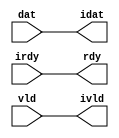

//------> /opt/MentorGraphics/catapult/pkgs/siflibs/ccs_in_wait_v1.v 
//------------------------------------------------------------------------------
// Catapult Synthesis - Sample I/O Port Library
//
// Copyright (c) 2003-2017 Mentor Graphics Corp.
//       All Rights Reserved
//
// This document may be used and distributed without restriction provided that
// this copyright statement is not removed from the file and that any derivative
// work contains this copyright notice.
//
// The design information contained in this file is intended to be an example
// of the functionality which the end user may study in preparation for creating
// their own custom interfaces. This design does not necessarily present a 
// complete implementation of the named protocol or standard.
//
//------------------------------------------------------------------------------


module ccs_in_wait_v1 (idat, rdy, ivld, dat, irdy, vld);

  parameter integer rscid = 1;
  parameter integer width = 8;

  output [width-1:0] idat;
  output             rdy;
  output             ivld;
  input  [width-1:0] dat;
  input              irdy;
  input              vld;

  wire   [width-1:0] idat;
  wire               rdy;
  wire               ivld;

  localparam stallOff = 0; 
  wire                  stall_ctrl;
  assign stall_ctrl = stallOff;

  assign idat = dat;
  assign rdy = irdy && !stall_ctrl;
  assign ivld = vld && !stall_ctrl;

endmodule


//------> /opt/MentorGraphics/catapult/pkgs/siflibs/ccs_out_wait_v1.v 
//------------------------------------------------------------------------------
// Catapult Synthesis - Sample I/O Port Library
//
// Copyright (c) 2003-2017 Mentor Graphics Corp.
//       All Rights Reserved
//
// This document may be used and distributed without restriction provided that
// this copyright statement is not removed from the file and that any derivative
// work contains this copyright notice.
//
// The design information contained in this file is intended to be an example
// of the functionality which the end user may study in preparation for creating
// their own custom interfaces. This design does not necessarily present a 
// complete implementation of the named protocol or standard.
//
//------------------------------------------------------------------------------


module ccs_out_wait_v1 (dat, irdy, vld, idat, rdy, ivld);

  parameter integer rscid = 1;
  parameter integer width = 8;

  output [width-1:0] dat;
  output             irdy;
  output             vld;
  input  [width-1:0] idat;
  input              rdy;
  input              ivld;

  wire   [width-1:0] dat;
  wire               irdy;
  wire               vld;

  localparam stallOff = 0; 
  wire stall_ctrl;
  assign stall_ctrl = stallOff;

  assign dat = idat;
  assign irdy = rdy && !stall_ctrl;
  assign vld = ivld && !stall_ctrl;

endmodule



//------> ./rtl.v 
// ----------------------------------------------------------------------
//  HLS HDL:        Verilog Netlister
//  HLS Version:    2021.1/950854 Production Release
//  HLS Date:       Mon Aug  2 21:36:02 PDT 2021
// 
//  Generated by:   tdt46@en-ec-ecelinux-01.coecis.cornell.edu
//  Generated date: Sat May 21 19:05:18 2022
// ----------------------------------------------------------------------

// 
// ------------------------------------------------------------------
//  Design Unit:    crc32_core_core_fsm
//  FSM Module
// ------------------------------------------------------------------


module crc32_core_core_fsm (
  clk, rst, core_wen, fsm_output, main_C_0_tr0, for_C_0_tr0
);
  input clk;
  input rst;
  input core_wen;
  output [3:0] fsm_output;
  reg [3:0] fsm_output;
  input main_C_0_tr0;
  input for_C_0_tr0;


  // FSM State Type Declaration for crc32_core_core_fsm_1
  parameter
    core_rlp_C_0 = 2'd0,
    main_C_0 = 2'd1,
    for_C_0 = 2'd2,
    main_C_1 = 2'd3;

  reg [1:0] state_var;
  reg [1:0] state_var_NS;


  // Interconnect Declarations for Component Instantiations 
  always @(*)
  begin : crc32_core_core_fsm_1
    case (state_var)
      main_C_0 : begin
        fsm_output = 4'b0010;
        if ( main_C_0_tr0 ) begin
          state_var_NS = main_C_1;
        end
        else begin
          state_var_NS = for_C_0;
        end
      end
      for_C_0 : begin
        fsm_output = 4'b0100;
        if ( for_C_0_tr0 ) begin
          state_var_NS = main_C_1;
        end
        else begin
          state_var_NS = for_C_0;
        end
      end
      main_C_1 : begin
        fsm_output = 4'b1000;
        state_var_NS = main_C_0;
      end
      // core_rlp_C_0
      default : begin
        fsm_output = 4'b0001;
        state_var_NS = main_C_0;
      end
    endcase
  end

  always @(posedge clk) begin
    if ( rst ) begin
      state_var <= core_rlp_C_0;
    end
    else if ( core_wen ) begin
      state_var <= state_var_NS;
    end
  end

endmodule

// ------------------------------------------------------------------
//  Design Unit:    crc32_core_staller
// ------------------------------------------------------------------


module crc32_core_staller (
  core_wen, in_rsci_wen_comp, out_rsci_wen_comp
);
  output core_wen;
  input in_rsci_wen_comp;
  input out_rsci_wen_comp;



  // Interconnect Declarations for Component Instantiations 
  assign core_wen = in_rsci_wen_comp & out_rsci_wen_comp;
endmodule

// ------------------------------------------------------------------
//  Design Unit:    crc32_core_out_rsci_out_wait_ctrl
// ------------------------------------------------------------------


module crc32_core_out_rsci_out_wait_ctrl (
  out_rsci_iswt0, out_rsci_biwt, out_rsci_irdy
);
  input out_rsci_iswt0;
  output out_rsci_biwt;
  input out_rsci_irdy;



  // Interconnect Declarations for Component Instantiations 
  assign out_rsci_biwt = out_rsci_iswt0 & out_rsci_irdy;
endmodule

// ------------------------------------------------------------------
//  Design Unit:    crc32_core_in_rsci_in_wait_ctrl
// ------------------------------------------------------------------


module crc32_core_in_rsci_in_wait_ctrl (
  in_rsci_iswt0, in_rsci_biwt, in_rsci_ivld
);
  input in_rsci_iswt0;
  output in_rsci_biwt;
  input in_rsci_ivld;



  // Interconnect Declarations for Component Instantiations 
  assign in_rsci_biwt = in_rsci_iswt0 & in_rsci_ivld;
endmodule

// ------------------------------------------------------------------
//  Design Unit:    crc32_core_out_rsci
// ------------------------------------------------------------------


module crc32_core_out_rsci (
  out_rsc_dat, out_rsc_vld, out_rsc_rdy, out_rsci_oswt, out_rsci_wen_comp, out_rsci_idat
);
  output [31:0] out_rsc_dat;
  output out_rsc_vld;
  input out_rsc_rdy;
  input out_rsci_oswt;
  output out_rsci_wen_comp;
  input [31:0] out_rsci_idat;


  // Interconnect Declarations
  wire out_rsci_biwt;
  wire out_rsci_irdy;


  // Interconnect Declarations for Component Instantiations 
  ccs_out_wait_v1 #(.rscid(32'sd2),
  .width(32'sd32)) out_rsci (
      .irdy(out_rsci_irdy),
      .ivld(out_rsci_oswt),
      .idat(out_rsci_idat),
      .rdy(out_rsc_rdy),
      .vld(out_rsc_vld),
      .dat(out_rsc_dat)
    );
  crc32_core_out_rsci_out_wait_ctrl crc32_core_out_rsci_out_wait_ctrl_inst (
      .out_rsci_iswt0(out_rsci_oswt),
      .out_rsci_biwt(out_rsci_biwt),
      .out_rsci_irdy(out_rsci_irdy)
    );
  assign out_rsci_wen_comp = (~ out_rsci_oswt) | out_rsci_biwt;
endmodule

// ------------------------------------------------------------------
//  Design Unit:    crc32_core_in_rsci
// ------------------------------------------------------------------


module crc32_core_in_rsci (
  in_rsc_dat, in_rsc_vld, in_rsc_rdy, in_rsci_oswt, in_rsci_wen_comp, in_rsci_idat_mxwt
);
  input [7:0] in_rsc_dat;
  input in_rsc_vld;
  output in_rsc_rdy;
  input in_rsci_oswt;
  output in_rsci_wen_comp;
  output [7:0] in_rsci_idat_mxwt;


  // Interconnect Declarations
  wire in_rsci_biwt;
  wire in_rsci_ivld;
  wire [7:0] in_rsci_idat;


  // Interconnect Declarations for Component Instantiations 
  ccs_in_wait_v1 #(.rscid(32'sd1),
  .width(32'sd8)) in_rsci (
      .rdy(in_rsc_rdy),
      .vld(in_rsc_vld),
      .dat(in_rsc_dat),
      .irdy(in_rsci_oswt),
      .ivld(in_rsci_ivld),
      .idat(in_rsci_idat)
    );
  crc32_core_in_rsci_in_wait_ctrl crc32_core_in_rsci_in_wait_ctrl_inst (
      .in_rsci_iswt0(in_rsci_oswt),
      .in_rsci_biwt(in_rsci_biwt),
      .in_rsci_ivld(in_rsci_ivld)
    );
  assign in_rsci_idat_mxwt = in_rsci_idat;
  assign in_rsci_wen_comp = (~ in_rsci_oswt) | in_rsci_biwt;
endmodule

// ------------------------------------------------------------------
//  Design Unit:    crc32_core
// ------------------------------------------------------------------


module crc32_core (
  clk, rst, in_rsc_dat, in_rsc_vld, in_rsc_rdy, out_rsc_dat, out_rsc_vld, out_rsc_rdy
);
  input clk;
  input rst;
  input [7:0] in_rsc_dat;
  input in_rsc_vld;
  output in_rsc_rdy;
  output [31:0] out_rsc_dat;
  output out_rsc_vld;
  input out_rsc_rdy;


  // Interconnect Declarations
  wire core_wen;
  wire in_rsci_wen_comp;
  wire [7:0] in_rsci_idat_mxwt;
  wire out_rsci_wen_comp;
  reg out_rsci_idat_31;
  reg out_rsci_idat_30;
  reg out_rsci_idat_29;
  reg out_rsci_idat_28;
  reg out_rsci_idat_27;
  reg out_rsci_idat_26;
  reg out_rsci_idat_25;
  reg out_rsci_idat_24;
  reg out_rsci_idat_23;
  reg out_rsci_idat_22;
  reg out_rsci_idat_21;
  reg out_rsci_idat_20;
  reg out_rsci_idat_19;
  reg out_rsci_idat_18;
  reg out_rsci_idat_17;
  reg out_rsci_idat_16;
  reg out_rsci_idat_15;
  reg out_rsci_idat_14;
  reg out_rsci_idat_13;
  reg out_rsci_idat_12;
  reg out_rsci_idat_11;
  reg out_rsci_idat_10;
  reg out_rsci_idat_9;
  reg out_rsci_idat_8;
  reg out_rsci_idat_7;
  reg out_rsci_idat_6;
  reg out_rsci_idat_5;
  reg out_rsci_idat_4;
  reg out_rsci_idat_3;
  reg out_rsci_idat_2;
  reg out_rsci_idat_1;
  reg out_rsci_idat_0;
  wire [3:0] fsm_output;
  wire for_for_8_b_xor_tmp;
  wire for_for_7_b_xor_tmp;
  wire for_for_6_b_xor_tmp;
  wire for_for_5_b_xor_tmp;
  wire for_for_4_b_xor_tmp;
  wire not_tmp_3;
  wire not_tmp_4;
  wire not_tmp_5;
  wire not_tmp_6;
  wire not_tmp_7;
  wire not_tmp_8;
  wire not_tmp_9;
  wire not_tmp_10;
  wire or_tmp_32;
  wire or_tmp_40;
  wire or_tmp_52;
  wire or_tmp_56;
  wire or_tmp_60;
  wire exit_for_sva_mx0;
  reg crc_2_1_sva;
  reg crc_1_1_sva;
  reg crc_0_1_sva;
  wire and_314_cse;
  reg reg_out_rsci_iswt0_cse;
  reg reg_in_rsci_iswt0_cse;
  wire crc_mux_140_cse;
  wire [8:0] z_out;
  wire [9:0] nl_z_out;
  reg [7:0] size_val_sva;
  reg crc_15_1_sva;
  reg crc_16_1_sva;
  reg crc_14_1_sva;
  reg crc_17_1_sva;
  reg crc_13_1_sva;
  reg crc_18_1_sva;
  reg crc_12_1_sva;
  reg crc_19_1_sva;
  reg crc_11_1_sva;
  reg crc_20_1_sva;
  reg crc_10_1_sva;
  reg crc_21_1_sva;
  reg crc_9_1_sva;
  reg crc_22_1_sva;
  reg crc_8_1_sva;
  reg crc_23_1_sva;
  reg crc_7_1_sva;
  reg crc_24_1_sva;
  reg crc_6_1_sva;
  reg crc_25_1_sva;
  reg crc_5_1_sva;
  reg crc_26_1_sva;
  reg crc_4_1_sva;
  reg crc_27_1_sva;
  reg crc_3_1_sva;
  reg crc_28_1_sva;
  reg crc_29_1_sva;
  reg crc_30_1_sva;
  reg crc_31_1_sva;
  reg [7:0] for_i_sva;
  wire crc_5_4_lpi_2_dfm_mx0;
  wire crc_8_2_lpi_2_dfm_mx0;
  wire crc_8_3_lpi_2_dfm_mx0;
  wire crc_8_4_lpi_2_dfm_mx0;
  wire crc_8_5_lpi_2_dfm_mx0;
  wire crc_8_6_lpi_2_dfm_mx0;
  wire crc_9_6_lpi_2_dfm_mx0;
  wire crc_9_7_lpi_2_dfm_mx0;
  wire crc_9_lpi_2_dfm_mx0;
  wire crc_15_3_lpi_2_dfm_mx0;
  wire crc_15_4_lpi_2_dfm_mx0;
  wire crc_15_5_lpi_2_dfm_mx0;
  wire crc_19_2_lpi_2_dfm_mx0;
  wire crc_19_3_lpi_2_dfm_mx0;
  wire crc_19_4_lpi_2_dfm_mx0;
  wire crc_19_5_lpi_2_dfm_mx0;
  wire crc_20_5_lpi_2_dfm_mx0;
  wire crc_20_6_lpi_2_dfm_mx0;
  wire crc_20_7_lpi_2_dfm_mx0;
  wire crc_20_lpi_2_dfm_mx0;
  wire crc_21_lpi_2_dfm_mx0;
  wire crc_23_7_lpi_2_dfm_mx0;
  wire crc_24_7_lpi_2_dfm_mx0;
  wire crc_24_lpi_2_dfm_mx0;
  wire crc_26_7_lpi_2_dfm_mx0;
  wire crc_27_7_lpi_2_dfm_mx0;
  wire crc_27_lpi_2_dfm_mx0;
  wire crc_29_7_lpi_2_dfm_mx0;
  wire crc_30_7_lpi_2_dfm_mx0;
  wire crc_30_lpi_2_dfm_mx0;
  wire for_for_b_2_sva_1;
  wire crc_15_2_lpi_2_dfm_mx0;
  wire crc_21_7_lpi_2_dfm_mx0;
  wire crc_23_6_lpi_2_dfm_mx0;
  wire crc_26_6_lpi_2_dfm_mx0;
  wire crc_29_6_lpi_2_dfm_mx0;
  wire for_for_b_1_sva_1;
  wire crc_21_6_lpi_2_dfm_mx0;
  wire crc_23_5_lpi_2_dfm_mx0;
  wire crc_24_6_lpi_2_dfm_mx0;
  wire crc_26_5_lpi_2_dfm_mx0;
  wire crc_27_6_lpi_2_dfm_mx0;
  wire crc_29_5_lpi_2_dfm_mx0;
  wire crc_30_6_lpi_2_dfm_mx0;
  wire crc_9_5_lpi_2_dfm_mx0;
  wire crc_21_5_lpi_2_dfm_mx0;
  wire crc_23_4_lpi_2_dfm_mx0;
  wire crc_24_5_lpi_2_dfm_mx0;
  wire crc_26_4_lpi_2_dfm_mx0;
  wire crc_27_5_lpi_2_dfm_mx0;
  wire crc_29_4_lpi_2_dfm_mx0;
  wire crc_30_5_lpi_2_dfm_mx0;
  wire crc_9_4_lpi_2_dfm_mx0;
  wire crc_20_4_lpi_2_dfm_mx0;
  wire crc_21_4_lpi_2_dfm_mx0;
  wire crc_23_3_lpi_2_dfm_mx0;
  wire crc_24_4_lpi_2_dfm_mx0;
  wire crc_26_3_lpi_2_dfm_mx0;
  wire crc_27_4_lpi_2_dfm_mx0;
  wire crc_29_3_lpi_2_dfm_mx0;
  wire crc_30_4_lpi_2_dfm_mx0;
  wire for_for_b_3_sva_1;
  wire crc_9_3_lpi_2_dfm_mx0;
  wire crc_20_3_lpi_2_dfm_mx0;
  wire crc_21_3_lpi_2_dfm_mx0;
  wire crc_23_2_lpi_2_dfm_mx0;
  wire crc_24_3_lpi_2_dfm_mx0;
  wire crc_26_2_lpi_2_dfm_mx0;
  wire crc_27_3_lpi_2_dfm_mx0;
  wire crc_29_2_lpi_2_dfm_mx0;
  wire crc_30_3_lpi_2_dfm_mx0;
  wire crc_9_2_lpi_2_dfm_mx0;
  wire crc_20_2_lpi_2_dfm_mx0;
  wire crc_21_2_lpi_2_dfm_mx0;
  wire crc_24_2_lpi_2_dfm_mx0;
  wire crc_27_2_lpi_2_dfm_mx0;
  wire crc_30_2_lpi_2_dfm_mx0;
  wire xor_cse_1;
  wire xor_cse_5;

  wire crc_mux_142_nl;
  wire crc_mux_144_nl;
  wire crc_mux_146_nl;
  wire crc_mux_148_nl;
  wire crc_mux_150_nl;
  wire crc_mux_152_nl;
  wire crc_mux_154_nl;
  wire crc_mux_156_nl;
  wire crc_mux_160_nl;
  wire crc_mux_162_nl;
  wire crc_mux_164_nl;
  wire crc_mux_166_nl;
  wire crc_mux_165_nl;
  wire crc_mux_163_nl;
  wire crc_mux_161_nl;
  wire crc_mux_159_nl;
  wire crc_mux_158_nl;
  wire crc_mux_157_nl;
  wire crc_mux_155_nl;
  wire crc_mux_153_nl;
  wire crc_mux_151_nl;
  wire crc_mux_149_nl;
  wire crc_mux_147_nl;
  wire crc_mux_145_nl;
  wire crc_mux_143_nl;
  wire crc_mux_141_nl;
  wire crc_mux_nl;
  wire crc_mux_167_nl;
  wire crc_mux_168_nl;
  wire crc_mux_169_nl;
  wire crc_mux_170_nl;
  wire crc_mux_171_nl;
  wire crc_mux_172_nl;
  wire crc_mux_173_nl;
  wire crc_mux_174_nl;
  wire crc_mux_175_nl;
  wire crc_mux_176_nl;
  wire crc_mux_177_nl;
  wire crc_mux_178_nl;
  wire crc_mux_179_nl;
  wire crc_mux_180_nl;
  wire crc_mux_181_nl;
  wire crc_mux_182_nl;
  wire crc_mux_183_nl;
  wire crc_mux_184_nl;
  wire crc_mux_185_nl;
  wire crc_mux_186_nl;
  wire crc_mux_187_nl;
  wire crc_mux_188_nl;
  wire crc_mux_189_nl;
  wire crc_mux_190_nl;
  wire crc_mux_191_nl;
  wire crc_mux_192_nl;
  wire crc_mux_193_nl;
  wire[8:0] for_acc_nl;
  wire[7:0] for_mux_2_nl;

  // Interconnect Declarations for Component Instantiations 
  wire [31:0] nl_crc32_core_out_rsci_inst_out_rsci_idat;
  assign nl_crc32_core_out_rsci_inst_out_rsci_idat = {out_rsci_idat_31 , out_rsci_idat_30
      , out_rsci_idat_29 , out_rsci_idat_28 , out_rsci_idat_27 , out_rsci_idat_26
      , out_rsci_idat_25 , out_rsci_idat_24 , out_rsci_idat_23 , out_rsci_idat_22
      , out_rsci_idat_21 , out_rsci_idat_20 , out_rsci_idat_19 , out_rsci_idat_18
      , out_rsci_idat_17 , out_rsci_idat_16 , out_rsci_idat_15 , out_rsci_idat_14
      , out_rsci_idat_13 , out_rsci_idat_12 , out_rsci_idat_11 , out_rsci_idat_10
      , out_rsci_idat_9 , out_rsci_idat_8 , out_rsci_idat_7 , out_rsci_idat_6 , out_rsci_idat_5
      , out_rsci_idat_4 , out_rsci_idat_3 , out_rsci_idat_2 , out_rsci_idat_1 , out_rsci_idat_0};
  crc32_core_in_rsci crc32_core_in_rsci_inst (
      .in_rsc_dat(in_rsc_dat),
      .in_rsc_vld(in_rsc_vld),
      .in_rsc_rdy(in_rsc_rdy),
      .in_rsci_oswt(reg_in_rsci_iswt0_cse),
      .in_rsci_wen_comp(in_rsci_wen_comp),
      .in_rsci_idat_mxwt(in_rsci_idat_mxwt)
    );
  crc32_core_out_rsci crc32_core_out_rsci_inst (
      .out_rsc_dat(out_rsc_dat),
      .out_rsc_vld(out_rsc_vld),
      .out_rsc_rdy(out_rsc_rdy),
      .out_rsci_oswt(reg_out_rsci_iswt0_cse),
      .out_rsci_wen_comp(out_rsci_wen_comp),
      .out_rsci_idat(nl_crc32_core_out_rsci_inst_out_rsci_idat[31:0])
    );
  crc32_core_staller crc32_core_staller_inst (
      .core_wen(core_wen),
      .in_rsci_wen_comp(in_rsci_wen_comp),
      .out_rsci_wen_comp(out_rsci_wen_comp)
    );
  crc32_core_core_fsm crc32_core_core_fsm_inst (
      .clk(clk),
      .rst(rst),
      .core_wen(core_wen),
      .fsm_output(fsm_output),
      .main_C_0_tr0(exit_for_sva_mx0),
      .for_C_0_tr0(exit_for_sva_mx0)
    );
  assign and_314_cse = core_wen & (~((fsm_output[0]) | (fsm_output[3]) | (~ exit_for_sva_mx0)));
  assign crc_mux_140_cse = MUX_s_1_2_2((~ crc_8_2_lpi_2_dfm_mx0), crc_8_2_lpi_2_dfm_mx0,
      not_tmp_4);
  assign for_acc_nl = $signed((z_out[7:0])) - $signed(size_val_sva);
  assign exit_for_sva_mx0 = MUX_s_1_2_2((~ (z_out[8])), (~ (readslicef_9_1_8(for_acc_nl))),
      fsm_output[2]);
  assign crc_5_4_lpi_2_dfm_mx0 = MUX_s_1_2_2((~ crc_8_1_sva), crc_8_1_sva, not_tmp_8);
  assign crc_8_2_lpi_2_dfm_mx0 = MUX_s_1_2_2((~ crc_9_1_sva), crc_9_1_sva, not_tmp_9);
  assign for_for_4_b_xor_tmp = (in_rsci_idat_mxwt[3]) ^ crc_3_1_sva;
  assign crc_8_3_lpi_2_dfm_mx0 = MUX_s_1_2_2((~ crc_9_2_lpi_2_dfm_mx0), crc_9_2_lpi_2_dfm_mx0,
      not_tmp_10);
  assign for_for_5_b_xor_tmp = (in_rsci_idat_mxwt[4]) ^ crc_4_1_sva;
  assign crc_8_4_lpi_2_dfm_mx0 = MUX_s_1_2_2((~ crc_9_3_lpi_2_dfm_mx0), crc_9_3_lpi_2_dfm_mx0,
      not_tmp_8);
  assign for_for_6_b_xor_tmp = (in_rsci_idat_mxwt[5]) ^ crc_5_1_sva;
  assign crc_8_5_lpi_2_dfm_mx0 = MUX_s_1_2_2((~ crc_9_4_lpi_2_dfm_mx0), crc_9_4_lpi_2_dfm_mx0,
      not_tmp_4);
  assign for_for_7_b_xor_tmp = (in_rsci_idat_mxwt[6]) ^ xor_cse_5;
  assign crc_8_6_lpi_2_dfm_mx0 = MUX_s_1_2_2((~ crc_9_5_lpi_2_dfm_mx0), crc_9_5_lpi_2_dfm_mx0,
      not_tmp_5);
  assign for_for_8_b_xor_tmp = (in_rsci_idat_mxwt[7]) ^ xor_cse_1;
  assign crc_9_6_lpi_2_dfm_mx0 = MUX_s_1_2_2((~ crc_14_1_sva), crc_14_1_sva, not_tmp_5);
  assign crc_9_7_lpi_2_dfm_mx0 = MUX_s_1_2_2((~ crc_15_1_sva), crc_15_1_sva, not_tmp_7);
  assign crc_9_lpi_2_dfm_mx0 = MUX_s_1_2_2((~ crc_15_2_lpi_2_dfm_mx0), crc_15_2_lpi_2_dfm_mx0,
      not_tmp_6);
  assign crc_15_3_lpi_2_dfm_mx0 = MUX_s_1_2_2((~ crc_17_1_sva), crc_17_1_sva, not_tmp_10);
  assign crc_15_4_lpi_2_dfm_mx0 = MUX_s_1_2_2((~ crc_18_1_sva), crc_18_1_sva, not_tmp_8);
  assign crc_15_5_lpi_2_dfm_mx0 = MUX_s_1_2_2((~ crc_19_1_sva), crc_19_1_sva, not_tmp_4);
  assign crc_19_2_lpi_2_dfm_mx0 = MUX_s_1_2_2((~ crc_20_1_sva), crc_20_1_sva, not_tmp_9);
  assign crc_19_3_lpi_2_dfm_mx0 = MUX_s_1_2_2((~ crc_20_2_lpi_2_dfm_mx0), crc_20_2_lpi_2_dfm_mx0,
      not_tmp_10);
  assign crc_19_4_lpi_2_dfm_mx0 = MUX_s_1_2_2((~ crc_20_3_lpi_2_dfm_mx0), crc_20_3_lpi_2_dfm_mx0,
      not_tmp_8);
  assign crc_19_5_lpi_2_dfm_mx0 = MUX_s_1_2_2((~ crc_20_4_lpi_2_dfm_mx0), crc_20_4_lpi_2_dfm_mx0,
      not_tmp_4);
  assign crc_20_5_lpi_2_dfm_mx0 = MUX_s_1_2_2((~ crc_21_4_lpi_2_dfm_mx0), crc_21_4_lpi_2_dfm_mx0,
      not_tmp_4);
  assign crc_20_6_lpi_2_dfm_mx0 = MUX_s_1_2_2((~ crc_21_5_lpi_2_dfm_mx0), crc_21_5_lpi_2_dfm_mx0,
      not_tmp_5);
  assign crc_20_7_lpi_2_dfm_mx0 = MUX_s_1_2_2((~ crc_21_6_lpi_2_dfm_mx0), crc_21_6_lpi_2_dfm_mx0,
      not_tmp_7);
  assign crc_20_lpi_2_dfm_mx0 = MUX_s_1_2_2((~ crc_21_7_lpi_2_dfm_mx0), crc_21_7_lpi_2_dfm_mx0,
      not_tmp_6);
  assign crc_21_lpi_2_dfm_mx0 = MUX_s_1_2_2((~ crc_23_6_lpi_2_dfm_mx0), crc_23_6_lpi_2_dfm_mx0,
      not_tmp_6);
  assign crc_23_7_lpi_2_dfm_mx0 = MUX_s_1_2_2((~ crc_24_6_lpi_2_dfm_mx0), crc_24_6_lpi_2_dfm_mx0,
      not_tmp_7);
  assign crc_24_7_lpi_2_dfm_mx0 = MUX_s_1_2_2((~ crc_26_5_lpi_2_dfm_mx0), crc_26_5_lpi_2_dfm_mx0,
      not_tmp_7);
  assign crc_24_lpi_2_dfm_mx0 = MUX_s_1_2_2((~ crc_26_6_lpi_2_dfm_mx0), crc_26_6_lpi_2_dfm_mx0,
      not_tmp_6);
  assign crc_26_7_lpi_2_dfm_mx0 = MUX_s_1_2_2((~ crc_27_6_lpi_2_dfm_mx0), crc_27_6_lpi_2_dfm_mx0,
      not_tmp_7);
  assign crc_27_7_lpi_2_dfm_mx0 = MUX_s_1_2_2((~ crc_29_5_lpi_2_dfm_mx0), crc_29_5_lpi_2_dfm_mx0,
      not_tmp_7);
  assign crc_27_lpi_2_dfm_mx0 = MUX_s_1_2_2((~ crc_29_6_lpi_2_dfm_mx0), crc_29_6_lpi_2_dfm_mx0,
      not_tmp_6);
  assign crc_29_7_lpi_2_dfm_mx0 = MUX_s_1_2_2((~ crc_30_6_lpi_2_dfm_mx0), crc_30_6_lpi_2_dfm_mx0,
      not_tmp_7);
  assign crc_30_7_lpi_2_dfm_mx0 = MUX_s_1_2_2((~ for_for_5_b_xor_tmp), for_for_5_b_xor_tmp,
      not_tmp_7);
  assign crc_30_lpi_2_dfm_mx0 = MUX_s_1_2_2((~ for_for_6_b_xor_tmp), for_for_6_b_xor_tmp,
      not_tmp_6);
  assign for_for_b_2_sva_1 = (in_rsci_idat_mxwt[1]) ^ crc_1_1_sva;
  assign crc_15_2_lpi_2_dfm_mx0 = MUX_s_1_2_2((~ crc_16_1_sva), crc_16_1_sva, not_tmp_9);
  assign crc_21_7_lpi_2_dfm_mx0 = MUX_s_1_2_2((~ crc_23_5_lpi_2_dfm_mx0), crc_23_5_lpi_2_dfm_mx0,
      not_tmp_7);
  assign crc_23_6_lpi_2_dfm_mx0 = MUX_s_1_2_2((~ crc_24_5_lpi_2_dfm_mx0), crc_24_5_lpi_2_dfm_mx0,
      not_tmp_5);
  assign crc_26_6_lpi_2_dfm_mx0 = MUX_s_1_2_2((~ crc_27_5_lpi_2_dfm_mx0), crc_27_5_lpi_2_dfm_mx0,
      not_tmp_5);
  assign crc_29_6_lpi_2_dfm_mx0 = MUX_s_1_2_2((~ crc_30_5_lpi_2_dfm_mx0), crc_30_5_lpi_2_dfm_mx0,
      not_tmp_5);
  assign for_for_b_1_sva_1 = (in_rsci_idat_mxwt[0]) ^ crc_0_1_sva;
  assign crc_21_6_lpi_2_dfm_mx0 = MUX_s_1_2_2((~ crc_23_4_lpi_2_dfm_mx0), crc_23_4_lpi_2_dfm_mx0,
      not_tmp_5);
  assign crc_23_5_lpi_2_dfm_mx0 = MUX_s_1_2_2((~ crc_24_4_lpi_2_dfm_mx0), crc_24_4_lpi_2_dfm_mx0,
      not_tmp_4);
  assign crc_24_6_lpi_2_dfm_mx0 = MUX_s_1_2_2((~ crc_26_4_lpi_2_dfm_mx0), crc_26_4_lpi_2_dfm_mx0,
      not_tmp_5);
  assign crc_26_5_lpi_2_dfm_mx0 = MUX_s_1_2_2((~ crc_27_4_lpi_2_dfm_mx0), crc_27_4_lpi_2_dfm_mx0,
      not_tmp_4);
  assign crc_27_6_lpi_2_dfm_mx0 = MUX_s_1_2_2((~ crc_29_4_lpi_2_dfm_mx0), crc_29_4_lpi_2_dfm_mx0,
      not_tmp_5);
  assign crc_29_5_lpi_2_dfm_mx0 = MUX_s_1_2_2((~ crc_30_4_lpi_2_dfm_mx0), crc_30_4_lpi_2_dfm_mx0,
      not_tmp_4);
  assign crc_30_6_lpi_2_dfm_mx0 = MUX_s_1_2_2((~ for_for_4_b_xor_tmp), for_for_4_b_xor_tmp,
      not_tmp_5);
  assign crc_9_5_lpi_2_dfm_mx0 = MUX_s_1_2_2((~ crc_13_1_sva), crc_13_1_sva, not_tmp_4);
  assign crc_21_5_lpi_2_dfm_mx0 = MUX_s_1_2_2((~ crc_23_3_lpi_2_dfm_mx0), crc_23_3_lpi_2_dfm_mx0,
      not_tmp_4);
  assign crc_23_4_lpi_2_dfm_mx0 = MUX_s_1_2_2((~ crc_24_3_lpi_2_dfm_mx0), crc_24_3_lpi_2_dfm_mx0,
      not_tmp_8);
  assign crc_24_5_lpi_2_dfm_mx0 = MUX_s_1_2_2((~ crc_26_3_lpi_2_dfm_mx0), crc_26_3_lpi_2_dfm_mx0,
      not_tmp_4);
  assign crc_26_4_lpi_2_dfm_mx0 = MUX_s_1_2_2((~ crc_27_3_lpi_2_dfm_mx0), crc_27_3_lpi_2_dfm_mx0,
      not_tmp_8);
  assign crc_27_5_lpi_2_dfm_mx0 = MUX_s_1_2_2((~ crc_29_3_lpi_2_dfm_mx0), crc_29_3_lpi_2_dfm_mx0,
      not_tmp_4);
  assign crc_29_4_lpi_2_dfm_mx0 = MUX_s_1_2_2((~ crc_30_3_lpi_2_dfm_mx0), crc_30_3_lpi_2_dfm_mx0,
      not_tmp_8);
  assign crc_30_5_lpi_2_dfm_mx0 = MUX_s_1_2_2((~ for_for_b_3_sva_1), for_for_b_3_sva_1,
      not_tmp_4);
  assign crc_9_4_lpi_2_dfm_mx0 = MUX_s_1_2_2((~ crc_12_1_sva), crc_12_1_sva, not_tmp_8);
  assign crc_20_4_lpi_2_dfm_mx0 = MUX_s_1_2_2((~ crc_21_3_lpi_2_dfm_mx0), crc_21_3_lpi_2_dfm_mx0,
      not_tmp_8);
  assign crc_21_4_lpi_2_dfm_mx0 = MUX_s_1_2_2((~ crc_23_2_lpi_2_dfm_mx0), crc_23_2_lpi_2_dfm_mx0,
      not_tmp_8);
  assign crc_23_3_lpi_2_dfm_mx0 = MUX_s_1_2_2((~ crc_24_2_lpi_2_dfm_mx0), crc_24_2_lpi_2_dfm_mx0,
      not_tmp_10);
  assign crc_24_4_lpi_2_dfm_mx0 = MUX_s_1_2_2((~ crc_26_2_lpi_2_dfm_mx0), crc_26_2_lpi_2_dfm_mx0,
      not_tmp_8);
  assign crc_26_3_lpi_2_dfm_mx0 = MUX_s_1_2_2((~ crc_27_2_lpi_2_dfm_mx0), crc_27_2_lpi_2_dfm_mx0,
      not_tmp_10);
  assign crc_27_4_lpi_2_dfm_mx0 = MUX_s_1_2_2((~ crc_29_2_lpi_2_dfm_mx0), crc_29_2_lpi_2_dfm_mx0,
      not_tmp_8);
  assign crc_29_3_lpi_2_dfm_mx0 = MUX_s_1_2_2((~ crc_30_2_lpi_2_dfm_mx0), crc_30_2_lpi_2_dfm_mx0,
      not_tmp_10);
  assign crc_30_4_lpi_2_dfm_mx0 = MUX_s_1_2_2((~ for_for_b_2_sva_1), for_for_b_2_sva_1,
      not_tmp_8);
  assign for_for_b_3_sva_1 = (in_rsci_idat_mxwt[2]) ^ crc_2_1_sva;
  assign crc_9_3_lpi_2_dfm_mx0 = MUX_s_1_2_2((~ crc_11_1_sva), crc_11_1_sva, not_tmp_10);
  assign crc_20_3_lpi_2_dfm_mx0 = MUX_s_1_2_2((~ crc_21_2_lpi_2_dfm_mx0), crc_21_2_lpi_2_dfm_mx0,
      not_tmp_10);
  assign crc_21_3_lpi_2_dfm_mx0 = MUX_s_1_2_2((~ crc_23_1_sva), crc_23_1_sva, not_tmp_10);
  assign crc_23_2_lpi_2_dfm_mx0 = MUX_s_1_2_2((~ crc_24_1_sva), crc_24_1_sva, not_tmp_9);
  assign crc_24_3_lpi_2_dfm_mx0 = MUX_s_1_2_2((~ crc_26_1_sva), crc_26_1_sva, not_tmp_10);
  assign crc_26_2_lpi_2_dfm_mx0 = MUX_s_1_2_2((~ crc_27_1_sva), crc_27_1_sva, not_tmp_9);
  assign crc_27_3_lpi_2_dfm_mx0 = MUX_s_1_2_2((~ crc_29_1_sva), crc_29_1_sva, not_tmp_10);
  assign crc_29_2_lpi_2_dfm_mx0 = MUX_s_1_2_2((~ crc_30_1_sva), crc_30_1_sva, not_tmp_9);
  assign crc_30_3_lpi_2_dfm_mx0 = MUX_s_1_2_2((~ for_for_b_1_sva_1), for_for_b_1_sva_1,
      not_tmp_10);
  assign crc_9_2_lpi_2_dfm_mx0 = MUX_s_1_2_2((~ crc_10_1_sva), crc_10_1_sva, not_tmp_9);
  assign crc_20_2_lpi_2_dfm_mx0 = MUX_s_1_2_2((~ crc_21_1_sva), crc_21_1_sva, not_tmp_9);
  assign crc_21_2_lpi_2_dfm_mx0 = MUX_s_1_2_2((~ crc_22_1_sva), crc_22_1_sva, not_tmp_9);
  assign crc_24_2_lpi_2_dfm_mx0 = MUX_s_1_2_2((~ crc_25_1_sva), crc_25_1_sva, not_tmp_9);
  assign crc_27_2_lpi_2_dfm_mx0 = MUX_s_1_2_2((~ crc_28_1_sva), crc_28_1_sva, not_tmp_9);
  assign crc_30_2_lpi_2_dfm_mx0 = MUX_s_1_2_2((~ crc_31_1_sva), crc_31_1_sva, not_tmp_9);
  assign or_tmp_32 = exit_for_sva_mx0 & ((fsm_output[2:1]!=2'b00));
  assign or_tmp_40 = not_tmp_3 & (fsm_output[2]);
  assign or_tmp_52 = not_tmp_5 & (fsm_output[2]);
  assign or_tmp_56 = not_tmp_6 & (fsm_output[2]);
  assign or_tmp_60 = not_tmp_7 & (fsm_output[2]);
  assign xor_cse_1 = MUX_s_1_2_2(crc_7_1_sva, (~ crc_7_1_sva), for_for_b_2_sva_1);
  assign not_tmp_3 = ~((in_rsci_idat_mxwt[7]) ^ xor_cse_1);
  assign not_tmp_4 = ~((in_rsci_idat_mxwt[3]) ^ crc_3_1_sva);
  assign not_tmp_5 = ~((in_rsci_idat_mxwt[4]) ^ crc_4_1_sva);
  assign xor_cse_5 = MUX_s_1_2_2(crc_6_1_sva, (~ crc_6_1_sva), for_for_b_1_sva_1);
  assign not_tmp_6 = ~((in_rsci_idat_mxwt[6]) ^ xor_cse_5);
  assign not_tmp_7 = ~((in_rsci_idat_mxwt[5]) ^ crc_5_1_sva);
  assign not_tmp_8 = ~((in_rsci_idat_mxwt[2]) ^ crc_2_1_sva);
  assign not_tmp_9 = ~((in_rsci_idat_mxwt[0]) ^ crc_0_1_sva);
  assign not_tmp_10 = ~((in_rsci_idat_mxwt[1]) ^ crc_1_1_sva);
  always @(posedge clk) begin
    if ( rst ) begin
      out_rsci_idat_0 <= 1'b0;
      out_rsci_idat_1 <= 1'b0;
      out_rsci_idat_2 <= 1'b0;
      out_rsci_idat_3 <= 1'b0;
      out_rsci_idat_4 <= 1'b0;
      out_rsci_idat_5 <= 1'b0;
      out_rsci_idat_6 <= 1'b0;
      out_rsci_idat_7 <= 1'b0;
      out_rsci_idat_8 <= 1'b0;
      out_rsci_idat_9 <= 1'b0;
      out_rsci_idat_10 <= 1'b0;
      out_rsci_idat_11 <= 1'b0;
      out_rsci_idat_12 <= 1'b0;
      out_rsci_idat_13 <= 1'b0;
      out_rsci_idat_14 <= 1'b0;
      out_rsci_idat_15 <= 1'b0;
      out_rsci_idat_16 <= 1'b0;
      out_rsci_idat_17 <= 1'b0;
      out_rsci_idat_18 <= 1'b0;
      out_rsci_idat_19 <= 1'b0;
      out_rsci_idat_20 <= 1'b0;
      out_rsci_idat_21 <= 1'b0;
      out_rsci_idat_22 <= 1'b0;
      out_rsci_idat_23 <= 1'b0;
      out_rsci_idat_24 <= 1'b0;
      out_rsci_idat_25 <= 1'b0;
      out_rsci_idat_26 <= 1'b0;
      out_rsci_idat_27 <= 1'b0;
      out_rsci_idat_28 <= 1'b0;
      out_rsci_idat_29 <= 1'b0;
      out_rsci_idat_30 <= 1'b0;
      out_rsci_idat_31 <= 1'b0;
    end
    else if ( and_314_cse ) begin
      out_rsci_idat_0 <= ~(crc_5_4_lpi_2_dfm_mx0 | (~ (fsm_output[2])));
      out_rsci_idat_1 <= ~(crc_mux_140_cse | (~ (fsm_output[2])));
      out_rsci_idat_2 <= ~(crc_mux_142_nl | (~ (fsm_output[2])));
      out_rsci_idat_3 <= ~(crc_mux_144_nl | (~ (fsm_output[2])));
      out_rsci_idat_4 <= ~(crc_mux_146_nl | (~ (fsm_output[2])));
      out_rsci_idat_5 <= ~(crc_mux_148_nl | (~ (fsm_output[2])));
      out_rsci_idat_6 <= ~(crc_mux_150_nl | (~ (fsm_output[2])));
      out_rsci_idat_7 <= ~(crc_mux_152_nl | (~ (fsm_output[2])));
      out_rsci_idat_8 <= ~(crc_mux_154_nl | (~ (fsm_output[2])));
      out_rsci_idat_9 <= ~(crc_mux_156_nl | (~ (fsm_output[2])));
      out_rsci_idat_10 <= ~(crc_15_4_lpi_2_dfm_mx0 | (~ (fsm_output[2])));
      out_rsci_idat_11 <= ~(crc_15_5_lpi_2_dfm_mx0 | (~ (fsm_output[2])));
      out_rsci_idat_12 <= ~(crc_mux_160_nl | (~ (fsm_output[2])));
      out_rsci_idat_13 <= ~(crc_mux_162_nl | (~ (fsm_output[2])));
      out_rsci_idat_14 <= ~(crc_mux_164_nl | (~ (fsm_output[2])));
      out_rsci_idat_15 <= ~(crc_mux_166_nl | (~ (fsm_output[2])));
      out_rsci_idat_16 <= ~(crc_mux_165_nl | (~ (fsm_output[2])));
      out_rsci_idat_17 <= ~(crc_mux_163_nl | (~ (fsm_output[2])));
      out_rsci_idat_18 <= ~(crc_mux_161_nl | (~ (fsm_output[2])));
      out_rsci_idat_19 <= ~(crc_mux_159_nl | (~ (fsm_output[2])));
      out_rsci_idat_20 <= ~(crc_mux_158_nl | (~ (fsm_output[2])));
      out_rsci_idat_21 <= ~(crc_mux_157_nl | (~ (fsm_output[2])));
      out_rsci_idat_22 <= ~(crc_mux_155_nl | (~ (fsm_output[2])));
      out_rsci_idat_23 <= ~(crc_mux_153_nl | (~ (fsm_output[2])));
      out_rsci_idat_24 <= ~(crc_mux_151_nl | (~ (fsm_output[2])));
      out_rsci_idat_25 <= ~(crc_mux_149_nl | (~ (fsm_output[2])));
      out_rsci_idat_26 <= ~(crc_mux_147_nl | (~ (fsm_output[2])));
      out_rsci_idat_27 <= ~(crc_mux_145_nl | (~ (fsm_output[2])));
      out_rsci_idat_28 <= ~(crc_mux_143_nl | (~ (fsm_output[2])));
      out_rsci_idat_29 <= ~(crc_mux_141_nl | (~ (fsm_output[2])));
      out_rsci_idat_30 <= ~(crc_mux_nl | (~ (fsm_output[2])));
      out_rsci_idat_31 <= ~(for_for_8_b_xor_tmp | (~ (fsm_output[2])));
    end
  end
  always @(posedge clk) begin
    if ( rst ) begin
      reg_out_rsci_iswt0_cse <= 1'b0;
      reg_in_rsci_iswt0_cse <= 1'b0;
      crc_31_1_sva <= 1'b0;
      crc_0_1_sva <= 1'b0;
      crc_30_1_sva <= 1'b0;
      crc_1_1_sva <= 1'b0;
      crc_29_1_sva <= 1'b0;
      crc_2_1_sva <= 1'b0;
      crc_28_1_sva <= 1'b0;
      crc_3_1_sva <= 1'b0;
      crc_27_1_sva <= 1'b0;
      crc_4_1_sva <= 1'b0;
      crc_26_1_sva <= 1'b0;
      crc_5_1_sva <= 1'b0;
      crc_25_1_sva <= 1'b0;
      crc_6_1_sva <= 1'b0;
      crc_24_1_sva <= 1'b0;
      crc_7_1_sva <= 1'b0;
      crc_23_1_sva <= 1'b0;
      crc_8_1_sva <= 1'b0;
      crc_22_1_sva <= 1'b0;
      crc_9_1_sva <= 1'b0;
      crc_21_1_sva <= 1'b0;
      crc_10_1_sva <= 1'b0;
      crc_20_1_sva <= 1'b0;
      crc_11_1_sva <= 1'b0;
      crc_19_1_sva <= 1'b0;
      crc_12_1_sva <= 1'b0;
      crc_18_1_sva <= 1'b0;
      crc_13_1_sva <= 1'b0;
      crc_17_1_sva <= 1'b0;
      crc_14_1_sva <= 1'b0;
      crc_16_1_sva <= 1'b0;
      crc_15_1_sva <= 1'b0;
      for_i_sva <= 8'b00000000;
    end
    else if ( core_wen ) begin
      reg_out_rsci_iswt0_cse <= or_tmp_32;
      reg_in_rsci_iswt0_cse <= ~ or_tmp_32;
      crc_31_1_sva <= for_for_8_b_xor_tmp | (~ (fsm_output[2]));
      crc_0_1_sva <= crc_5_4_lpi_2_dfm_mx0 | (~ (fsm_output[2]));
      crc_30_1_sva <= crc_mux_167_nl | (~ (fsm_output[2]));
      crc_1_1_sva <= crc_mux_140_cse | (~ (fsm_output[2]));
      crc_29_1_sva <= crc_mux_168_nl | (~ (fsm_output[2]));
      crc_2_1_sva <= crc_mux_169_nl | (~ (fsm_output[2]));
      crc_28_1_sva <= crc_mux_170_nl | (~ (fsm_output[2]));
      crc_3_1_sva <= crc_mux_171_nl | (~ (fsm_output[2]));
      crc_27_1_sva <= crc_mux_172_nl | (~ (fsm_output[2]));
      crc_4_1_sva <= crc_mux_173_nl | (~ (fsm_output[2]));
      crc_26_1_sva <= crc_mux_174_nl | (~ (fsm_output[2]));
      crc_5_1_sva <= crc_mux_175_nl | (~ (fsm_output[2]));
      crc_25_1_sva <= crc_mux_176_nl | (~ (fsm_output[2]));
      crc_6_1_sva <= crc_mux_177_nl | (~ (fsm_output[2]));
      crc_24_1_sva <= crc_mux_178_nl | (~ (fsm_output[2]));
      crc_7_1_sva <= crc_mux_179_nl | (~ (fsm_output[2]));
      crc_23_1_sva <= crc_mux_180_nl | (~ (fsm_output[2]));
      crc_8_1_sva <= crc_mux_181_nl | (~ (fsm_output[2]));
      crc_22_1_sva <= crc_mux_182_nl | (~ (fsm_output[2]));
      crc_9_1_sva <= crc_mux_183_nl | (~ (fsm_output[2]));
      crc_21_1_sva <= crc_mux_184_nl | (~ (fsm_output[2]));
      crc_10_1_sva <= crc_15_4_lpi_2_dfm_mx0 | (~ (fsm_output[2]));
      crc_20_1_sva <= crc_mux_185_nl | (~ (fsm_output[2]));
      crc_11_1_sva <= crc_15_5_lpi_2_dfm_mx0 | (~ (fsm_output[2]));
      crc_19_1_sva <= crc_mux_186_nl | (~ (fsm_output[2]));
      crc_12_1_sva <= crc_mux_187_nl | (~ (fsm_output[2]));
      crc_18_1_sva <= crc_mux_188_nl | (~ (fsm_output[2]));
      crc_13_1_sva <= crc_mux_189_nl | (~ (fsm_output[2]));
      crc_17_1_sva <= crc_mux_190_nl | (~ (fsm_output[2]));
      crc_14_1_sva <= crc_mux_191_nl | (~ (fsm_output[2]));
      crc_16_1_sva <= crc_mux_192_nl | (~ (fsm_output[2]));
      crc_15_1_sva <= crc_mux_193_nl | (~ (fsm_output[2]));
      for_i_sva <= MUX_v_8_2_2(8'b00000000, (z_out[7:0]), (fsm_output[2]));
    end
  end
  always @(posedge clk) begin
    if ( rst ) begin
      size_val_sva <= 8'b00000000;
    end
    else if ( core_wen & (~ (fsm_output[2])) ) begin
      size_val_sva <= in_rsci_idat_mxwt;
    end
  end
  assign crc_mux_142_nl = MUX_s_1_2_2((~ crc_8_3_lpi_2_dfm_mx0), crc_8_3_lpi_2_dfm_mx0,
      or_tmp_52);
  assign crc_mux_144_nl = MUX_s_1_2_2((~ crc_8_4_lpi_2_dfm_mx0), crc_8_4_lpi_2_dfm_mx0,
      or_tmp_60);
  assign crc_mux_146_nl = MUX_s_1_2_2((~ crc_8_5_lpi_2_dfm_mx0), crc_8_5_lpi_2_dfm_mx0,
      or_tmp_56);
  assign crc_mux_148_nl = MUX_s_1_2_2((~ crc_8_6_lpi_2_dfm_mx0), crc_8_6_lpi_2_dfm_mx0,
      or_tmp_40);
  assign crc_mux_150_nl = MUX_s_1_2_2((~ crc_9_6_lpi_2_dfm_mx0), crc_9_6_lpi_2_dfm_mx0,
      or_tmp_60);
  assign crc_mux_152_nl = MUX_s_1_2_2((~ crc_9_7_lpi_2_dfm_mx0), crc_9_7_lpi_2_dfm_mx0,
      or_tmp_56);
  assign crc_mux_154_nl = MUX_s_1_2_2((~ crc_9_lpi_2_dfm_mx0), crc_9_lpi_2_dfm_mx0,
      or_tmp_40);
  assign crc_mux_156_nl = MUX_s_1_2_2((~ crc_15_3_lpi_2_dfm_mx0), crc_15_3_lpi_2_dfm_mx0,
      or_tmp_40);
  assign crc_mux_160_nl = MUX_s_1_2_2((~ crc_19_2_lpi_2_dfm_mx0), crc_19_2_lpi_2_dfm_mx0,
      or_tmp_52);
  assign crc_mux_162_nl = MUX_s_1_2_2((~ crc_19_3_lpi_2_dfm_mx0), crc_19_3_lpi_2_dfm_mx0,
      or_tmp_60);
  assign crc_mux_164_nl = MUX_s_1_2_2((~ crc_19_4_lpi_2_dfm_mx0), crc_19_4_lpi_2_dfm_mx0,
      or_tmp_56);
  assign crc_mux_166_nl = MUX_s_1_2_2((~ crc_19_5_lpi_2_dfm_mx0), crc_19_5_lpi_2_dfm_mx0,
      or_tmp_40);
  assign crc_mux_165_nl = MUX_s_1_2_2((~ crc_20_5_lpi_2_dfm_mx0), crc_20_5_lpi_2_dfm_mx0,
      or_tmp_52);
  assign crc_mux_163_nl = MUX_s_1_2_2((~ crc_20_6_lpi_2_dfm_mx0), crc_20_6_lpi_2_dfm_mx0,
      or_tmp_60);
  assign crc_mux_161_nl = MUX_s_1_2_2((~ crc_20_7_lpi_2_dfm_mx0), crc_20_7_lpi_2_dfm_mx0,
      or_tmp_56);
  assign crc_mux_159_nl = MUX_s_1_2_2((~ crc_20_lpi_2_dfm_mx0), crc_20_lpi_2_dfm_mx0,
      or_tmp_40);
  assign crc_mux_158_nl = MUX_s_1_2_2((~ crc_21_lpi_2_dfm_mx0), crc_21_lpi_2_dfm_mx0,
      or_tmp_40);
  assign crc_mux_157_nl = MUX_s_1_2_2((~ crc_23_7_lpi_2_dfm_mx0), crc_23_7_lpi_2_dfm_mx0,
      or_tmp_40);
  assign crc_mux_155_nl = MUX_s_1_2_2((~ crc_24_7_lpi_2_dfm_mx0), crc_24_7_lpi_2_dfm_mx0,
      or_tmp_56);
  assign crc_mux_153_nl = MUX_s_1_2_2((~ crc_24_lpi_2_dfm_mx0), crc_24_lpi_2_dfm_mx0,
      or_tmp_40);
  assign crc_mux_151_nl = MUX_s_1_2_2((~ crc_26_7_lpi_2_dfm_mx0), crc_26_7_lpi_2_dfm_mx0,
      or_tmp_40);
  assign crc_mux_149_nl = MUX_s_1_2_2((~ crc_27_7_lpi_2_dfm_mx0), crc_27_7_lpi_2_dfm_mx0,
      or_tmp_56);
  assign crc_mux_147_nl = MUX_s_1_2_2((~ crc_27_lpi_2_dfm_mx0), crc_27_lpi_2_dfm_mx0,
      or_tmp_40);
  assign crc_mux_145_nl = MUX_s_1_2_2((~ crc_29_7_lpi_2_dfm_mx0), crc_29_7_lpi_2_dfm_mx0,
      or_tmp_40);
  assign crc_mux_143_nl = MUX_s_1_2_2((~ crc_30_7_lpi_2_dfm_mx0), crc_30_7_lpi_2_dfm_mx0,
      or_tmp_56);
  assign crc_mux_141_nl = MUX_s_1_2_2((~ crc_30_lpi_2_dfm_mx0), crc_30_lpi_2_dfm_mx0,
      or_tmp_40);
  assign crc_mux_nl = MUX_s_1_2_2((~ for_for_7_b_xor_tmp), for_for_7_b_xor_tmp, or_tmp_40);
  assign crc_mux_167_nl = MUX_s_1_2_2((~ for_for_7_b_xor_tmp), for_for_7_b_xor_tmp,
      not_tmp_3);
  assign crc_mux_168_nl = MUX_s_1_2_2((~ crc_30_lpi_2_dfm_mx0), crc_30_lpi_2_dfm_mx0,
      not_tmp_3);
  assign crc_mux_169_nl = MUX_s_1_2_2((~ crc_8_3_lpi_2_dfm_mx0), crc_8_3_lpi_2_dfm_mx0,
      not_tmp_5);
  assign crc_mux_170_nl = MUX_s_1_2_2((~ crc_30_7_lpi_2_dfm_mx0), crc_30_7_lpi_2_dfm_mx0,
      not_tmp_6);
  assign crc_mux_171_nl = MUX_s_1_2_2((~ crc_8_4_lpi_2_dfm_mx0), crc_8_4_lpi_2_dfm_mx0,
      not_tmp_7);
  assign crc_mux_172_nl = MUX_s_1_2_2((~ crc_29_7_lpi_2_dfm_mx0), crc_29_7_lpi_2_dfm_mx0,
      not_tmp_3);
  assign crc_mux_173_nl = MUX_s_1_2_2((~ crc_8_5_lpi_2_dfm_mx0), crc_8_5_lpi_2_dfm_mx0,
      not_tmp_6);
  assign crc_mux_174_nl = MUX_s_1_2_2((~ crc_27_lpi_2_dfm_mx0), crc_27_lpi_2_dfm_mx0,
      not_tmp_3);
  assign crc_mux_175_nl = MUX_s_1_2_2((~ crc_8_6_lpi_2_dfm_mx0), crc_8_6_lpi_2_dfm_mx0,
      not_tmp_3);
  assign crc_mux_176_nl = MUX_s_1_2_2((~ crc_27_7_lpi_2_dfm_mx0), crc_27_7_lpi_2_dfm_mx0,
      not_tmp_6);
  assign crc_mux_177_nl = MUX_s_1_2_2((~ crc_9_6_lpi_2_dfm_mx0), crc_9_6_lpi_2_dfm_mx0,
      not_tmp_7);
  assign crc_mux_178_nl = MUX_s_1_2_2((~ crc_26_7_lpi_2_dfm_mx0), crc_26_7_lpi_2_dfm_mx0,
      not_tmp_3);
  assign crc_mux_179_nl = MUX_s_1_2_2((~ crc_9_7_lpi_2_dfm_mx0), crc_9_7_lpi_2_dfm_mx0,
      not_tmp_6);
  assign crc_mux_180_nl = MUX_s_1_2_2((~ crc_24_lpi_2_dfm_mx0), crc_24_lpi_2_dfm_mx0,
      not_tmp_3);
  assign crc_mux_181_nl = MUX_s_1_2_2((~ crc_9_lpi_2_dfm_mx0), crc_9_lpi_2_dfm_mx0,
      not_tmp_3);
  assign crc_mux_182_nl = MUX_s_1_2_2((~ crc_24_7_lpi_2_dfm_mx0), crc_24_7_lpi_2_dfm_mx0,
      not_tmp_6);
  assign crc_mux_183_nl = MUX_s_1_2_2((~ crc_15_3_lpi_2_dfm_mx0), crc_15_3_lpi_2_dfm_mx0,
      not_tmp_3);
  assign crc_mux_184_nl = MUX_s_1_2_2((~ crc_23_7_lpi_2_dfm_mx0), crc_23_7_lpi_2_dfm_mx0,
      not_tmp_3);
  assign crc_mux_185_nl = MUX_s_1_2_2((~ crc_21_lpi_2_dfm_mx0), crc_21_lpi_2_dfm_mx0,
      not_tmp_3);
  assign crc_mux_186_nl = MUX_s_1_2_2((~ crc_20_lpi_2_dfm_mx0), crc_20_lpi_2_dfm_mx0,
      not_tmp_3);
  assign crc_mux_187_nl = MUX_s_1_2_2((~ crc_19_2_lpi_2_dfm_mx0), crc_19_2_lpi_2_dfm_mx0,
      not_tmp_5);
  assign crc_mux_188_nl = MUX_s_1_2_2((~ crc_20_7_lpi_2_dfm_mx0), crc_20_7_lpi_2_dfm_mx0,
      not_tmp_6);
  assign crc_mux_189_nl = MUX_s_1_2_2((~ crc_19_3_lpi_2_dfm_mx0), crc_19_3_lpi_2_dfm_mx0,
      not_tmp_7);
  assign crc_mux_190_nl = MUX_s_1_2_2((~ crc_20_6_lpi_2_dfm_mx0), crc_20_6_lpi_2_dfm_mx0,
      not_tmp_7);
  assign crc_mux_191_nl = MUX_s_1_2_2((~ crc_19_4_lpi_2_dfm_mx0), crc_19_4_lpi_2_dfm_mx0,
      not_tmp_6);
  assign crc_mux_192_nl = MUX_s_1_2_2((~ crc_20_5_lpi_2_dfm_mx0), crc_20_5_lpi_2_dfm_mx0,
      not_tmp_5);
  assign crc_mux_193_nl = MUX_s_1_2_2((~ crc_19_5_lpi_2_dfm_mx0), crc_19_5_lpi_2_dfm_mx0,
      not_tmp_3);
  assign for_mux_2_nl = MUX_v_8_2_2((~ in_rsci_idat_mxwt), for_i_sva, fsm_output[2]);
  assign nl_z_out = conv_s2u_8_9(for_mux_2_nl) + 9'b000000001;
  assign z_out = nl_z_out[8:0];

  function automatic  MUX_s_1_2_2;
    input  input_0;
    input  input_1;
    input  sel;
    reg  result;
  begin
    case (sel)
      1'b0 : begin
        result = input_0;
      end
      default : begin
        result = input_1;
      end
    endcase
    MUX_s_1_2_2 = result;
  end
  endfunction


  function automatic [7:0] MUX_v_8_2_2;
    input [7:0] input_0;
    input [7:0] input_1;
    input  sel;
    reg [7:0] result;
  begin
    case (sel)
      1'b0 : begin
        result = input_0;
      end
      default : begin
        result = input_1;
      end
    endcase
    MUX_v_8_2_2 = result;
  end
  endfunction


  function automatic [0:0] readslicef_9_1_8;
    input [8:0] vector;
    reg [8:0] tmp;
  begin
    tmp = vector >> 8;
    readslicef_9_1_8 = tmp[0:0];
  end
  endfunction


  function automatic [8:0] conv_s2u_8_9 ;
    input [7:0]  vector ;
  begin
    conv_s2u_8_9 = {vector[7], vector};
  end
  endfunction

endmodule

// ------------------------------------------------------------------
//  Design Unit:    crc32
// ------------------------------------------------------------------


module crc32 (
  clk, rst, in_rsc_dat, in_rsc_vld, in_rsc_rdy, out_rsc_dat, out_rsc_vld, out_rsc_rdy
);
  input clk;
  input rst;
  input [7:0] in_rsc_dat;
  input in_rsc_vld;
  output in_rsc_rdy;
  output [31:0] out_rsc_dat;
  output out_rsc_vld;
  input out_rsc_rdy;



  // Interconnect Declarations for Component Instantiations 
  crc32_core crc32_core_inst (
      .clk(clk),
      .rst(rst),
      .in_rsc_dat(in_rsc_dat),
      .in_rsc_vld(in_rsc_vld),
      .in_rsc_rdy(in_rsc_rdy),
      .out_rsc_dat(out_rsc_dat),
      .out_rsc_vld(out_rsc_vld),
      .out_rsc_rdy(out_rsc_rdy)
    );
endmodule